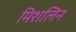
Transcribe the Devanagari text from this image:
मिशलिन